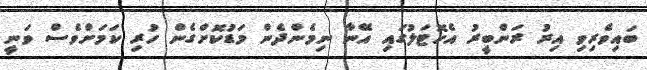
ބައިވެރިވި އިރު ރަންބީރު އެހޮޓަލުގައި އޭނާ ނިމެންދެން މަޑުކޮށްގެން ހުރި ކަމަށްވެސް ވަނީ